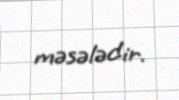
məsələdir.